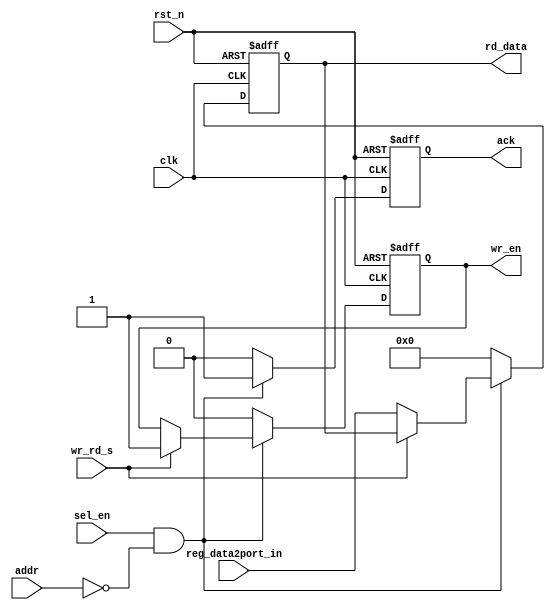
module reg_decoder # (
  parameter NUM_OF_PORTS = 4,
  parameter REG_ADDR = 0,
  parameter W_WIDTH = 8
)(
  input clk, rst_n,
  input sel_en, wr_rd_s,
  input [W_WIDTH-1:0] addr,
  input [W_WIDTH-1:0] reg_data2port_in,
  
  output wr_en,
  output [W_WIDTH-1:0] rd_data,
  output ack
);

  reg ack_nxt, ack_ff;
  reg [7:0] rd_data_nxt, rd_data_ff;
  reg wr_en_nxt, wr_en_ff;

  //combinational
  always @(*) begin
    ack_nxt = ack_ff;
    rd_data_nxt = rd_data_ff;
    wr_en_nxt = wr_en_ff;

    if(sel_en && addr == REG_ADDR) begin
      if(wr_rd_s) begin
        wr_en_nxt = 1;
        ack_nxt = 1;
      end	
      else begin
        rd_data_nxt = reg_data2port_in;
        ack_nxt = 1;
      end	
    end
    else begin
      ack_nxt = 0;
      rd_data_nxt = 0;
      wr_en_nxt = 0;
    end	
  end	

  //sequential
  always @(posedge clk or negedge rst_n) begin
    if(!rst_n) begin
      ack_ff <= 0;
      rd_data_ff <= 0;
      wr_en_ff <= 0;
    end 
    else begin
      ack_ff <= ack_nxt;
      rd_data_ff <= rd_data_nxt;
      wr_en_ff <= wr_en_nxt;
    end 
  end 

  assign rd_data = rd_data_ff;
  assign ack = ack_ff;
  assign wr_en = wr_en_ff;

endmodule